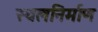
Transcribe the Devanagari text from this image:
स्थलनिर्माण